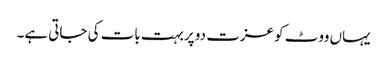
یہاں ووٹ کو عزت دو پربہت بات کی جاتی ہے۔